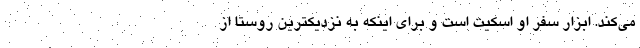
می‌کند. ابزار سفر او اسکیت است و برای اینکه به نزدیکترین روستا از